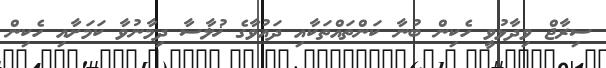
ސިރާޖް ވިދާޅުވީ ހެކިން ބުނާ ކަންތައްތަކާއި ދައުވާގެ ޚުލާސާ ދިމާނުވާ ކަމަށާއި ހެކިން